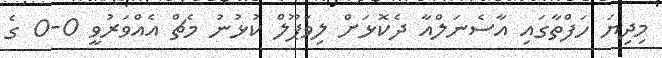
މިދިޔަ ހަފްތާގައި އާސެނަލްއާ ދެކޮޅަށް ލިވަޕޫލް ކުޅުނު މެޗް އެއްވަރުވީ 0-0 ގެ